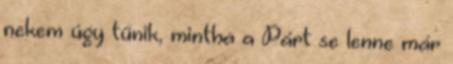
nekem úgy tűnik, mintha a Párt se lenne már